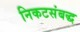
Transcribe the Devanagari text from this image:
निकटसंबद्ध